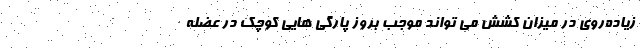
زیاده‌روی در میزان کشش می تواند موجب بروز پارگی هایی کوچک در عضله